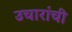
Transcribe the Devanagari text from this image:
उचारांची